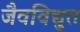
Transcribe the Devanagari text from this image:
जैवविद्युत